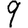
Digit: 9